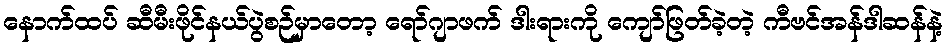
နောက်ထပ် ဆီမီးဖိုင်နယ်ပွဲစဉ်မှာတော့ ရော်ဂျာဖက် ဒါးရားကို ကျော်ဖြတ်ခဲ့တဲ့ ကီဗင်အန်ဒါဆန်နဲ့